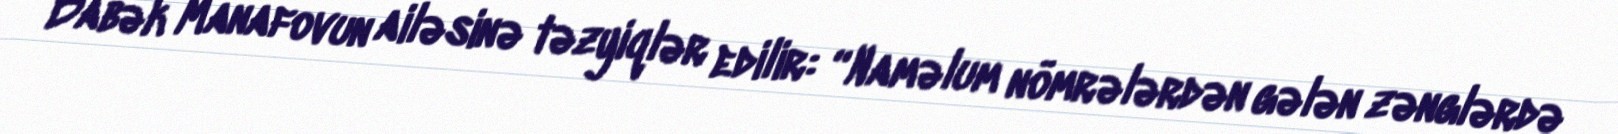
Babək Manafovun ailəsinə təzyiqlər edilir: “Naməlum nömrələrdən gələn zənglərdə